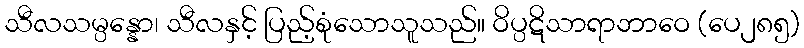
သီလသမ္ပန္နော၊ သီလနှင့် ပြည့်စုံသောသူသည်။ ဝိပ္ပဋိသာရာဘာဝေ (ပေ၂၈၅)